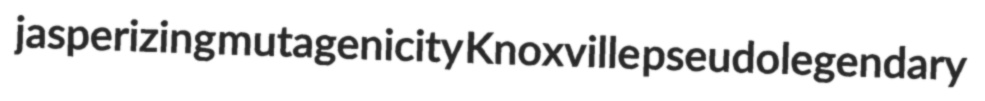
jasperizing mutagenicity Knoxville pseudolegendary